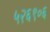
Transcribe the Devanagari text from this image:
५२६९०६